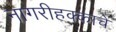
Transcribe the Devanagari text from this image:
नागरीहक्काचे